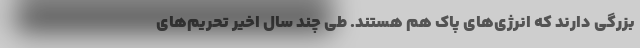
بزرگی دارند که انرژی‌های پاک هم هستند. طی چند سال اخیر تحریم‌های